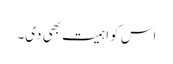
اس کو اہمیت بھی دی۔